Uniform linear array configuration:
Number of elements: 24
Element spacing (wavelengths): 0.5
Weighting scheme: uniform
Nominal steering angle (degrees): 15
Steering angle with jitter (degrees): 14.357
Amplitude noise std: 0.05
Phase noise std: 0.05

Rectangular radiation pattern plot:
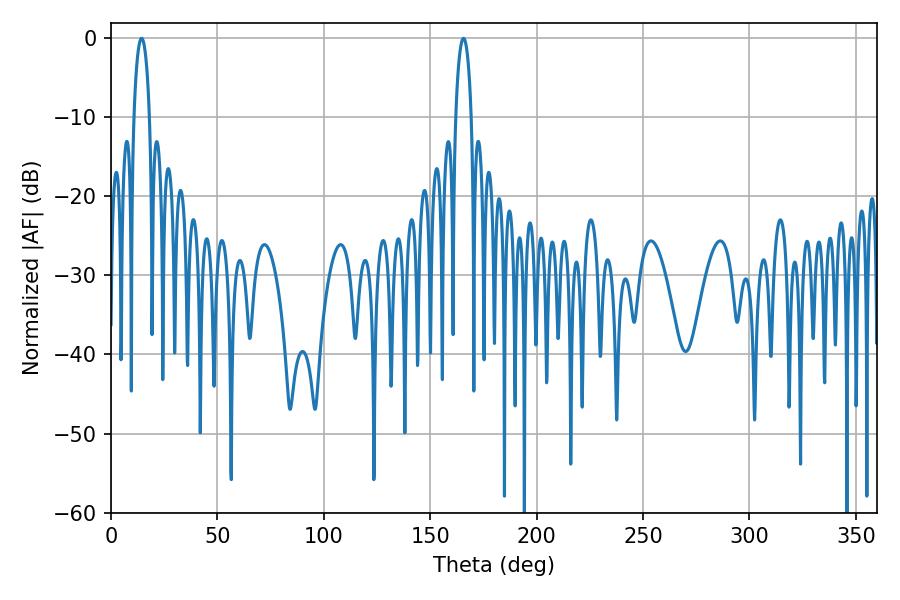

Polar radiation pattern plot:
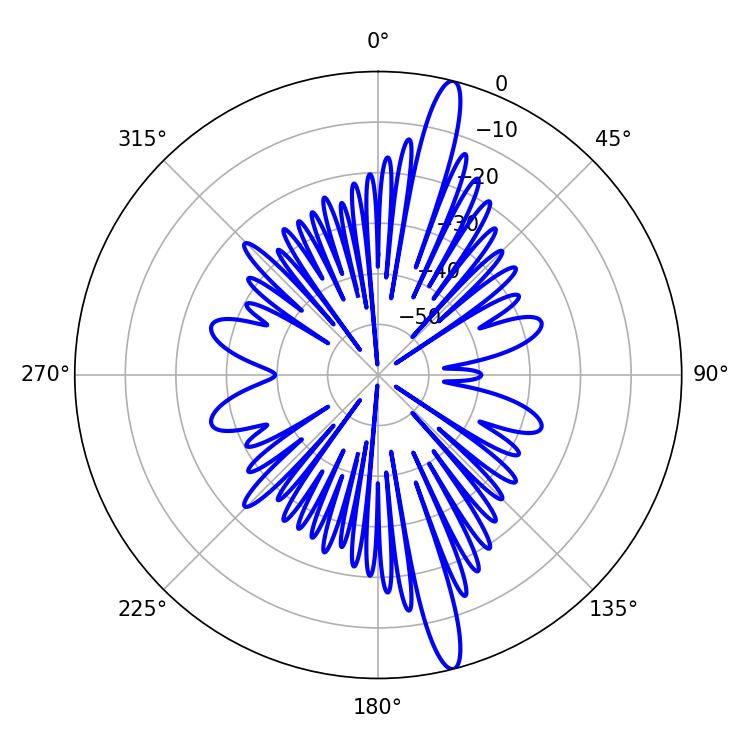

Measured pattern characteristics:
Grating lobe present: FALSE
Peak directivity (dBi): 16.834
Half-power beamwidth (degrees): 4.14
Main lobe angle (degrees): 14.4